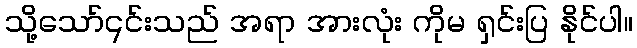
သို့သော်၎င်းသည် အရာ အားလုံး ကိုမ ရှင်းပြ နိုင်ပါ။